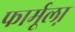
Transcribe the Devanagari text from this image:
फार्मूला़